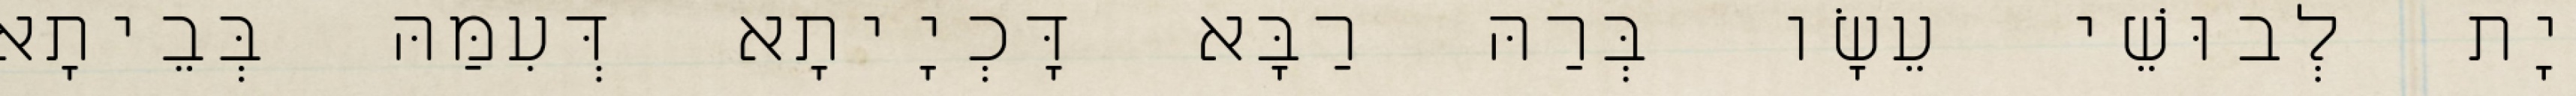
יָת לְבוּשֵׁי עֵשָׂו בְּרַהּ רַבָּא דָּכְיָיתָא דְּעִמַּהּ בְּבֵיתָא